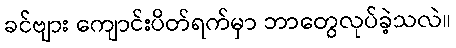
ခင်ဗျား ကျောင်းပိတ်ရက်မှာ ဘာတွေလုပ်ခဲ့သလဲ။